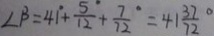
\angle \beta = 4 1 ^ { \circ } + \frac { 5 } { 1 2 } ^ { \circ } + \frac { 7 } { 7 2 } ^ { \circ } = 4 1 \frac { 3 7 } { 7 2 } ^ { \circ }